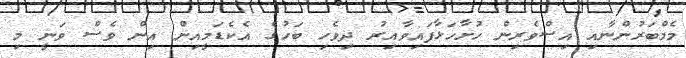
މެމްބަރުންނާއި އިސްވެރިން ހުށާހަޅާފައިވާއިރު ދިވެހި ބަހުގެ އެކެޑަމީއިން އިން ވެސް ވަނީ މި